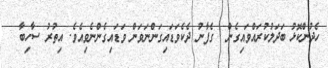
ހެދުންކޮޅު ބަދަލުކުރައްވައިގެން  ގެފާނު ދެކެވަޑައިގަންނަވަން ވަޑައިގެންނެވިއެވެ. އިތުރު ސާހިބާ